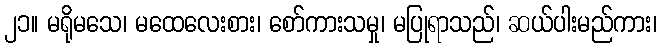
၂၁။ မရိုမသေ၊ မထေလေးစား၊ စော်ကားသမှု၊ မပြုရာသည်၊ ဆယ်ပါးမည်ကား၊